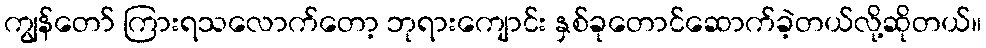
ကျွန်တော် ကြားရသလောက်တော့ ဘုရားကျောင်း နှစ်ခုတောင်ဆောက်ခဲ့တယ်လို့ဆိုတယ်။